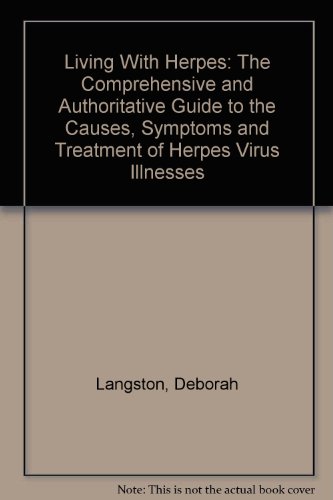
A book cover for Living With Herpes: The Comprehensive and Authoritative Guide to the Causes, Symptoms and Treatment of Herpes Virus Illnesses; Deborah Langston; Health, Fitness & Dieting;